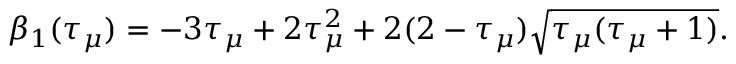
\beta _ { 1 } ( \tau _ { \mu } ) = - 3 \tau _ { \mu } + 2 \tau _ { \mu } ^ { 2 } + 2 ( 2 - \tau _ { \mu } ) \sqrt { \tau _ { \mu } ( \tau _ { \mu } + 1 ) } .